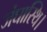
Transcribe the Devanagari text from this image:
जंघास्थि।